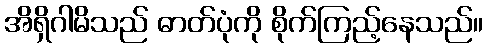
အိရှိဂါမိသည် ဓာတ်ပုံကို စိုက်ကြည့်နေသည်။